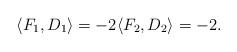
LaTeX: \begin{align*}\langle F_1, D_1\rangle =-2 \langle F_2, D_2\rangle =-2.\end{align*}